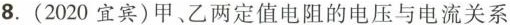
8.(2020宜宾)甲、乙两定值电阻的电压与电流关系